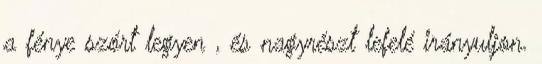
a fénye szórt legyen , és nagyrészt lefelé irányuljon.